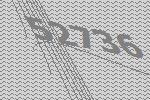
52736